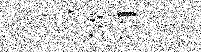
小傚纳